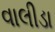
વાલીડા